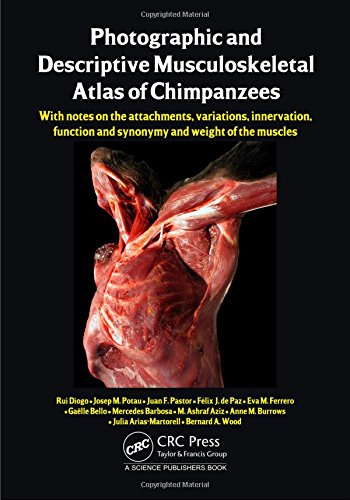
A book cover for Photographic and Descriptive Musculoskeletal Atlas of Chimpanzees: With Notes on the Attachments, Variations, Innervation, Function and Synonymy and Weight of the Muscles; Rui Diogo; Medical Books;